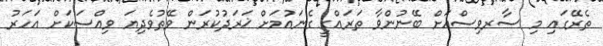
ތެރޭގައި މި ސާރވިސްއަށް ބޭނުންވާ ތަރައްގީ ގެނައުމަށް ޚަރަދުކުރަން ވޭތުވެދިޔަ ވިއްސަކަށް އަހަރު